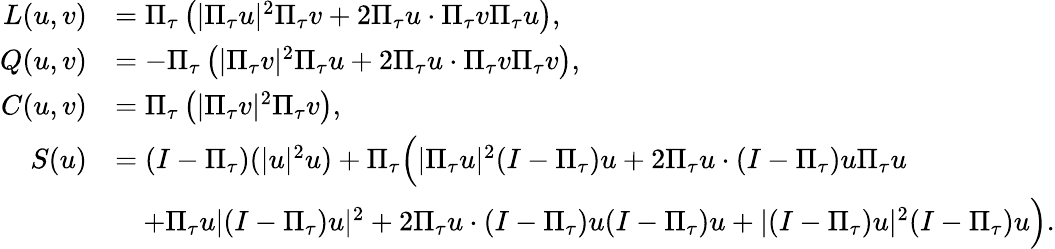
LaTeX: \begin{array}{rl}{L(u,v)}&{=\Pi_{\tau}\left(|\Pi_{\tau}u|^{2}\Pi_{\tau}v+2\Pi_{\tau}u\cdot\Pi_{\tau}v\Pi_{\tau}u\right),}\\ {Q(u,v)}&{=-\Pi_{\tau}\left(|\Pi_{\tau}v|^{2}\Pi_{\tau}u+2\Pi_{\tau}u\cdot\Pi_{\tau}v\Pi_{\tau}v\right),}\\ {C(u,v)}&{=\Pi_{\tau}\left(|\Pi_{\tau}v|^{2}\Pi_{\tau}v\right),}\\ {S(u)}&{=(I-\Pi_{\tau})(|u|^{2}u)+\Pi_{\tau}\Bigl(|\Pi_{\tau}u|^{2}(I-\Pi_{\tau})u+2\Pi_{\tau}u\cdot(I-\Pi_{\tau})u\Pi_{\tau}u}\\ &{\quad+\Pi_{\tau}u|(I-\Pi_{\tau})u|^{2}+2\Pi_{\tau}u\cdot(I-\Pi_{\tau})u(I-\Pi_{\tau})u+|(I-\Pi_{\tau})u|^{2}(I-\Pi_{\tau})u\Bigr).}\end{array}